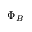
\Phi _ { B }